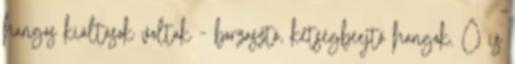
hangos kiáltások voltak - borzasztó, kétségbeejtő hangok. Ő is